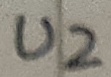
Text: U2